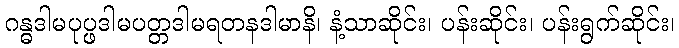
ဂန္ဓဒါမပုပ္ဖဒါမပတ္တဒါမရတနဒါမာနိ၊ နံ့သာဆိုင်း၊ ပန်းဆိုင်း၊ ပန်းရွက်ဆိုင်း၊